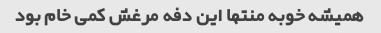
همیشه خوبه منتها این دفه مرغش کمی خام بود